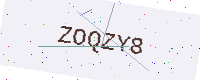
Text: ZOQZY8